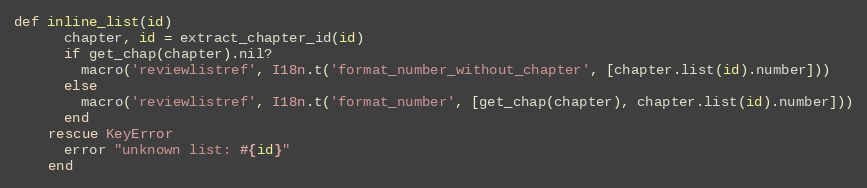
Language: Ruby
def inline_list(id)
      chapter, id = extract_chapter_id(id)
      if get_chap(chapter).nil?
        macro('reviewlistref', I18n.t('format_number_without_chapter', [chapter.list(id).number]))
      else
        macro('reviewlistref', I18n.t('format_number', [get_chap(chapter), chapter.list(id).number]))
      end
    rescue KeyError
      error "unknown list: #{id}"
    end